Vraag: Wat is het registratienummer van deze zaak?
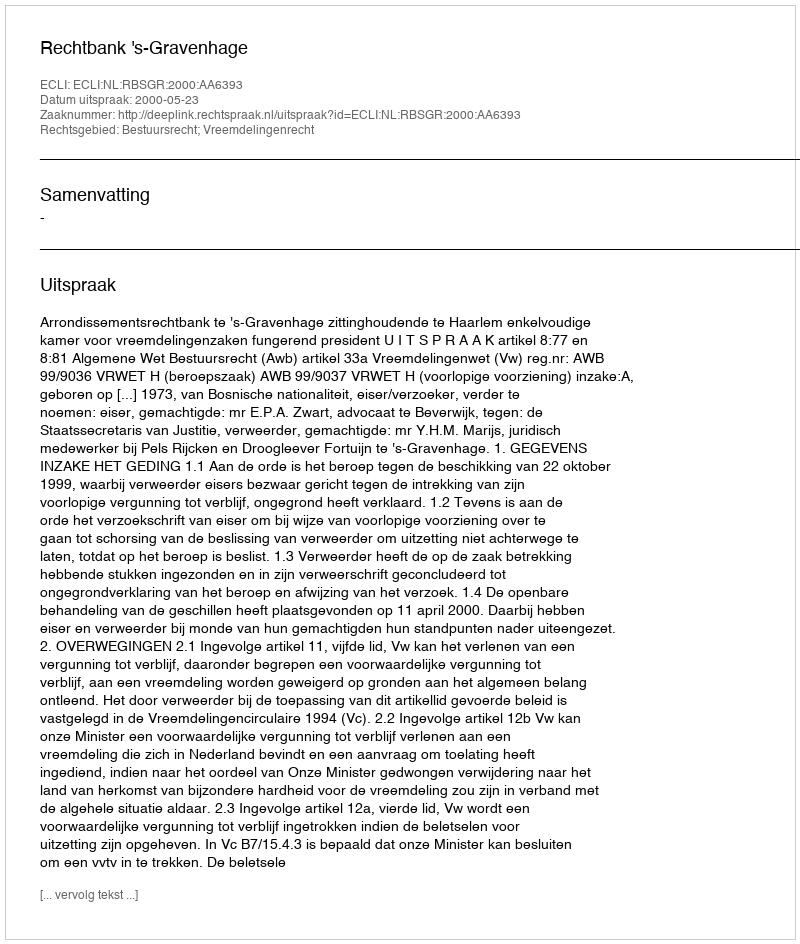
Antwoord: http://deeplink.rechtspraak.nl/uitspraak?id=ECLI:NL:RBSGR:2000:AA6393